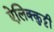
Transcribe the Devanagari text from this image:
ऐलिक्कुट्टी